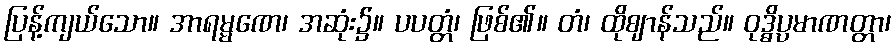
ပြန့်ကျယ်သော။ အာရမ္မဏေ၊ အဆုံး၌။ ပပတ္တံ၊ ဖြစ်၏။ တံ၊ ထိုဈာန်သည်။ ဝုဒ္ဓိပ္ပမာဏတ္တာ၊